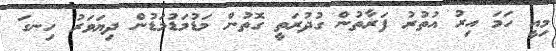
މިއީ ހަމަ އިރު އުތުރު ފަރާތުން ގުދުރަތީ ގޮތުން މަޑުމަޑުމަޑުން ދިޔަވަރު ހިނގަ